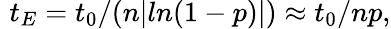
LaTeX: \, \, t_{E}=t_{0}/(n|ln(1-p)|)\approx t_{0}/np,